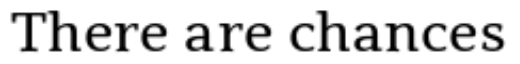
There are chances